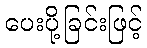
ပေးပို့ခြင်းဖြင့်